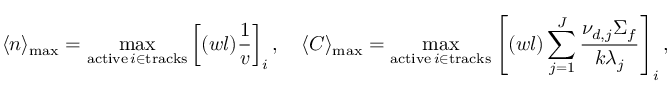
\langle n \rangle _ { \mathrm { m a x } } = \operatorname* { m a x } _ { \substack { \mathrm { a c t i v e } \, i \in \mathrm { t r a c k s } } } \left[ ( w l ) \frac { 1 } { v } \right] _ { i } , \quad \langle C \rangle _ { \mathrm { m a x } } = \operatorname* { m a x } _ { \substack { \mathrm { a c t i v e } \, i \in \mathrm { t r a c k s } } } \left[ ( w l ) \sum _ { j = 1 } ^ { J } \frac { \nu _ { d , j } \Sigma _ { f } } { k \lambda _ { j } } \right] _ { i } ,